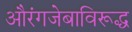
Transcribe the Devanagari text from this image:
औरंगजेबाविरूद्ध